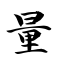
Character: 量